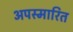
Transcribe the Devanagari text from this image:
अपस्मारित